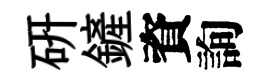
硏鏟資詢